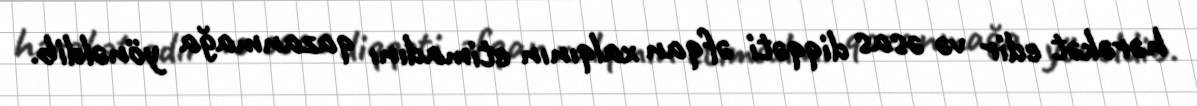
hərəkət edir və əsas diqqəti əfqan xalqının etimadını qazanmağa yönəldib.